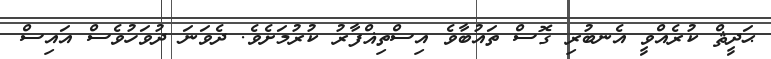
ޙަދީޘް ކުރެއްވީ އެނބުރި ގޮސް ތައުބާވެ އިސްތިޣްފާރު ކުރުމަށެވެ. ދެވަނަ ދުވަހުވެސް އައިސް